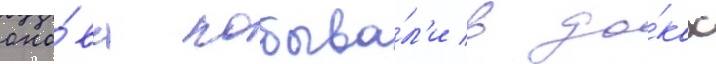
сно́ва побыва́л'и в до́ках